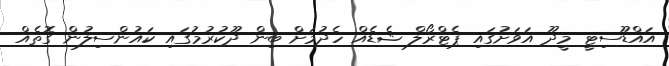
އައްޑޫސިޓީ މީދޫ އަވަށުގައި ޕެޓްރޯލް ޝެޑެއް ހެދުމަށް ބިން ދޫކުރުމުގައި ކައުންސިލުން ގޮތެއް